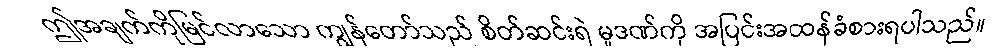
ဤအချက်ကိုမြင်လာသော ကျွန်တော်သည် စိတ်ဆင်းရဲ မှုဒဏ်ကို အပြင်းအထန်ခံစားရပါသည်။